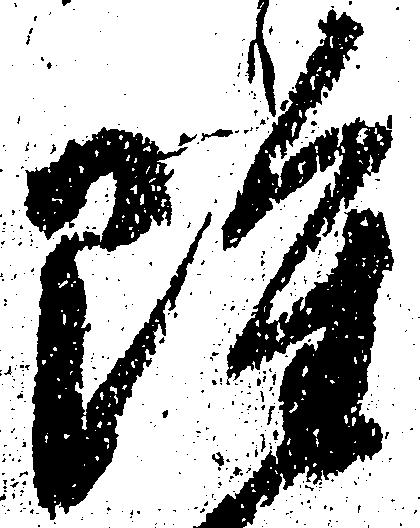
雖